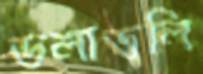
ডলাডলি